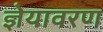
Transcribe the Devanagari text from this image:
ज्ञेयावरण